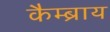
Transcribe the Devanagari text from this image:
कैम्ब्राय